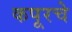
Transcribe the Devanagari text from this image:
कपूरचे